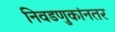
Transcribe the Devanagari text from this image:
निवडणुकांनतर